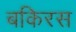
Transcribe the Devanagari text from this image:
बकिरस